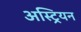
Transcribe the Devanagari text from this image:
अस्ट्रियन